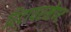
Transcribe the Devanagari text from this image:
रिटायरमेण्ट